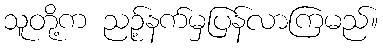
သူတို့က ညဉ့်နက်မှပြန်လာကြမည်။